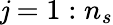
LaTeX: \mathit{j}=1:n_{s}